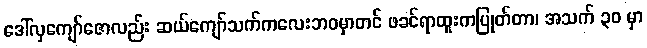
ဒေါ်လှကျော်ဇောလည်း ဆယ်ကျော်သက်ကလေးဘဝမှာတင် ဖခင်ရာထူးကပြုတ်တာ၊ အသက် ၃၀ မှာ